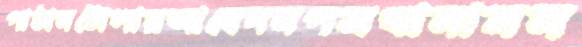
পাঠানটোলায়আবেদনপত্রখানামন